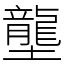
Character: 壟